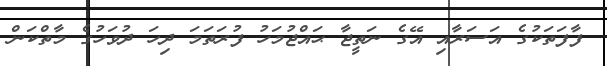
ފާފަތަކުގެ އަސަރާއި އޭގެ ނަތީޖާ ޙައްޖުމަހު ފުރަތަމަ ދިހަ ދުވަހުގެ މާތްކަން